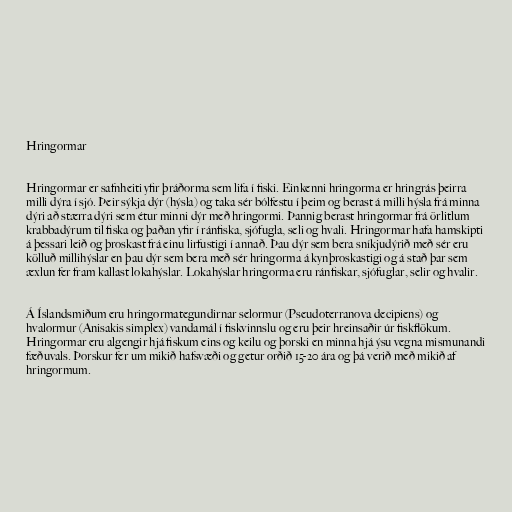
Hringormar

Hringormar er safnheiti yfir þráðorma sem lifa í fiski. Einkenni hringorma er hringrás þeirra
milli dýra í sjó. Þeir sýkja dýr (hýsla) og taka sér bólfestu í þeim og berast á milli hýsla frá minna
dýri að stærra dýri sem étur minni dýr með hringormi. Þannig berast hringormar frá örlitlum
krabbadýrum til fiska og þaðan yfir í ránfiska, sjófugla, seli og hvali. Hringormar hafa hamskipti
á þessari leið og þroskast frá einu lirfustigi í annað. Þau dýr sem bera sníkjudýrið með sér eru
kölluð millihýslar en þau dýr sem bera með sér hringorma á kynþroskastigi og á stað þar sem
æxlun fer fram kallast lokahýslar. Lokahýslar hringorma eru ránfiskar, sjófuglar, selir og hvalir.

Á Íslandsmiðum eru hringormategundirnar selormur (Pseudoterranova decipiens) og
hvalormur (Anisakis simplex) vandamál í fiskvinnslu og eru þeir hreinsaðir úr fiskflökum.
Hringormar eru algengir hjá fiskum eins og keilu og þorski en minna hjá ýsu vegna mismunandi
fæðuvals. Þorskur fer um mikið hafsvæði og getur orðið 15-20 ára og þá verið með mikið af
hringormum.